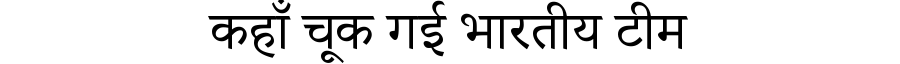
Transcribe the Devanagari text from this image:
कहाँ चूक गई भारतीय टीम